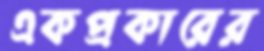
একপ্রকারের